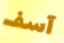
آسف